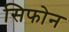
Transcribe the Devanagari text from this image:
सिफोन